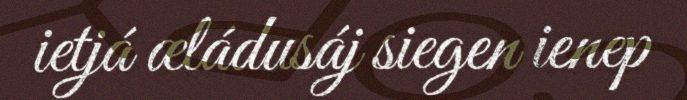
ietjá æládusáj siegen ienep